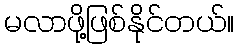
မလာဖို့ဖြစ်နိုင်တယ်။